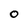
Character: O